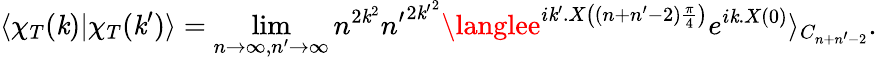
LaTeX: \langle\chi_{T}(\mathit{k})|\chi_{T}(\mathit{k}^{\prime})\rangle=\operatorname*{lim}_{n\to\infty,n^{\prime}\to\infty}n^{2\mathit{k}^{2}}{n^{\prime}}^{2{\mathit{k}^{\prime}}^{2}}\langlee^{i\mathit{k}^{\prime}.X\left((n+n^{\prime}-2)\frac{{\pi}}{{4}}\right)}e^{i\mathit{k}.X(0)}\rangle_{C_{n+n^{\prime}-2}}.